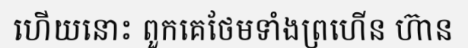
ហើយនោះ ពួកគេថែមទាំងព្រហើន ហ៊ាន